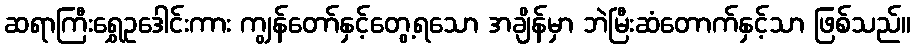
ဆရာကြီးရွှေဥဒေါင်းကား ကျွန်တော်နှင့်တွေ့ရသော အချိန်မှာ ဘဲမြီးဆံတောက်နှင့်သာ ဖြစ်သည်။